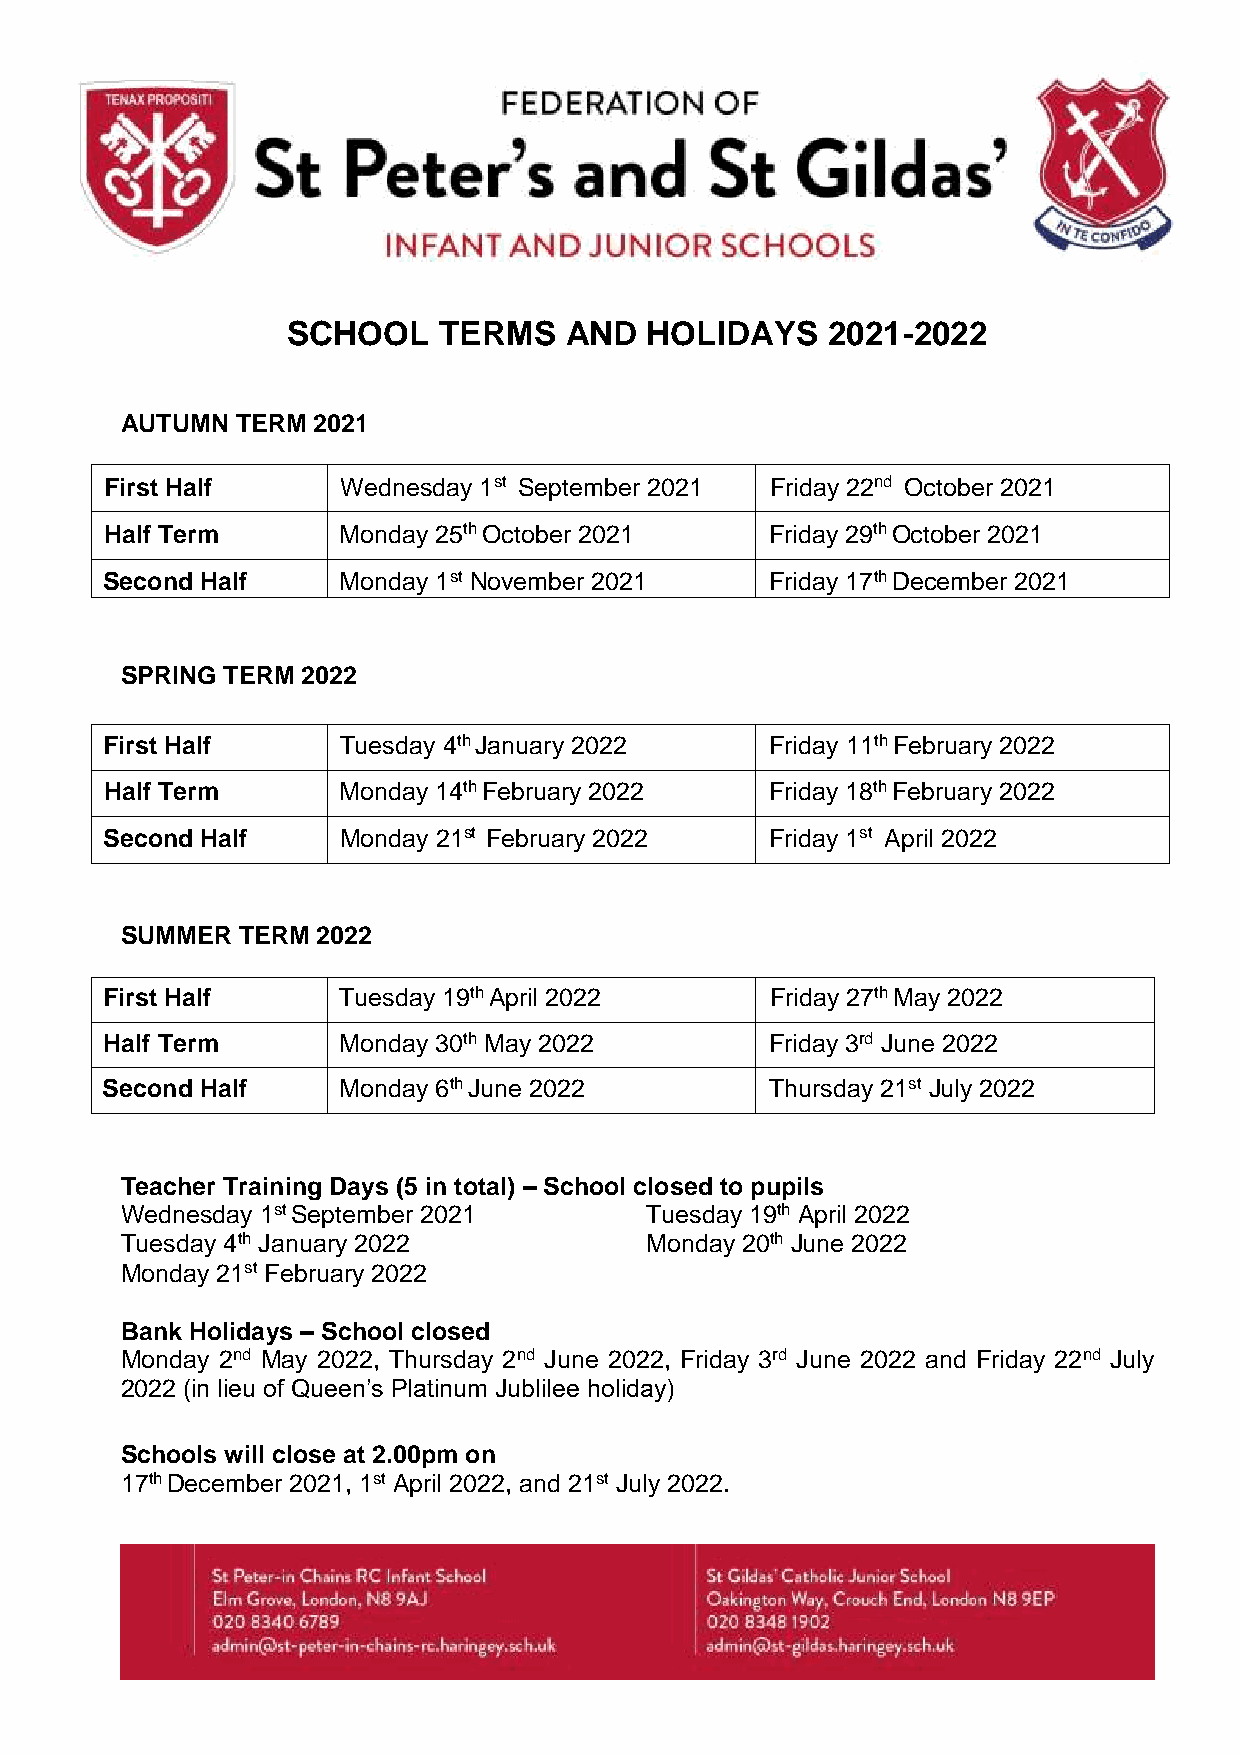
SCHOOL    TERMS   AND   HOLIDAYS    2021-2022
 AUTUMN  TERM 2021
 First Half      Wednesday 1st September 2021 Friday 22nd October 2021
 Half Term      Monday 25th October 2021     Friday 29th October 2021
 Second Half    Monday 1st November 2021     Friday 17th December 2021
 SPRING TERM 2022
 First Half     Tuesday 4th January 2022     Friday 11th February 2022
 Half Term      Monday 14th February 2022    Friday 18th February 2022
 Second Half    Monday 21st February 2022    Friday 1st April 2022
 SUMMER  TERM 2022
 First Half     Tuesday 19th April 2022      Friday 27th May 2022
 Half Term      Monday 30th May 2022         Friday 3rd June 2022
 Second Half    Monday 6th June 2022         Thursday 21st July 2022
 Teacher Training Days (5 in total) – School closed to pupils
 Wednesday 1st September 2021       Tuesday 19th April 2022
 Tuesday 4th January 2022           Monday 20th June 2022
 Monday 21st February 2022
 Bank Holidays – School closed
 Monday 2nd May 2022, Thursday 2nd June 2022, Friday 3rd June 2022 and Friday 22nd July
 2022 (in lieu of Queen’s Platinum Jublilee holiday)
 Schools will close at 2.00pm on
 17th December 2021, 1st April 2022, and 21st July 2022.